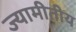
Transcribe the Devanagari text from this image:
ज्यामीतीय